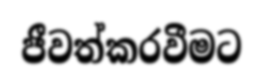
ජීවත්කරවීමට